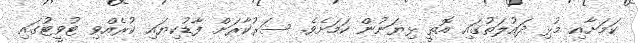
ކަމަށާއި މުޅި ދައުލަތުގައި އޮތީ ޅިޔަނުން ކަމަށެވެ. ސަރުކާރަށް ފާޑުކިޔައި ކުރެއްވި ޓުވީޓުގައި